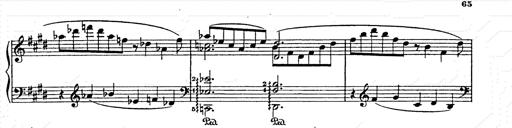
Title: AnnÃ©es de pÃ¨lerinage II
Composer: Franz Liszt